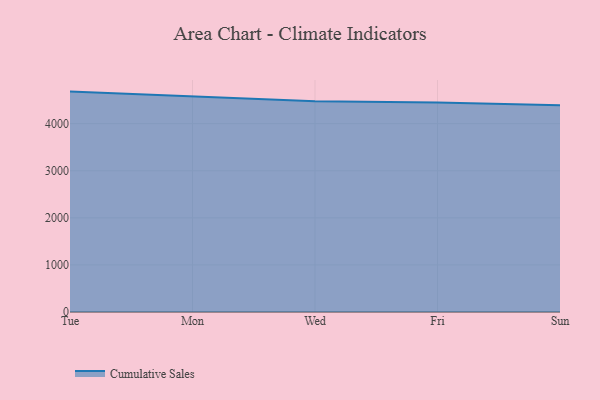
{"axis": {"x": "Day", "y": "Temperature (°C)"}, "legend": ["Cumulative Sales"], "data": [{"x": "Tue", "y": 4681.0, "type": "Cumulative Sales"}, {"x": "Mon", "y": 4573.3, "type": "Cumulative Sales"}, {"x": "Wed", "y": 4478.2, "type": "Cumulative Sales"}, {"x": "Fri", "y": 4447.6, "type": "Cumulative Sales"}, {"x": "Sun", "y": 4390.3, "type": "Cumulative Sales"}]}